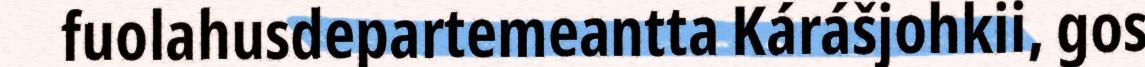
fuolahusdepartemeantta Kárášjohkii, gos